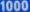
10000